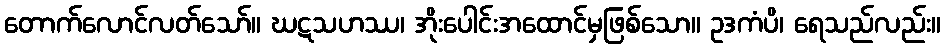
တောက်လောင်လတ်သော်။ ဃဋသဟဿ၊ အိုးပေါင်းအထောင်မှဖြစ်သော။ ဥဒကံပိ၊ ရေသည်လည်း။